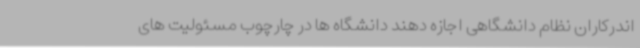
اندرکاران نظام دانشگاهی اجازه دهند دانشگاه ها در چارچوب مسئولیت های